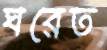
ঘরেত